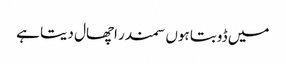
میں ڈوبتا ہوں سمندر اچھال دیتا ہے